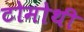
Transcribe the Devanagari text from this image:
टोमोथी